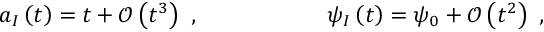
a _ { I } \left( t \right) = t + \mathcal { O } \left( t ^ { 3 } \right) \ , \ \ \ \ \ \ \ \ \ \ \ \ \ \ \ \ \ \psi _ { I } \left( t \right) = \psi _ { 0 } + \mathcal { O } \left( t ^ { 2 } \right) \ ,